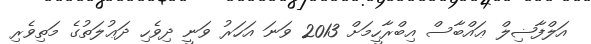
އަލްފާޟިލް ޢައްބާސް އިބްރާހީމަށް 2013 ވަނަ އަހަރު ވަނީ ދިވެހި ދަޢުލަތުގެ މަތިވެރި